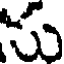
మ